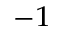
^ { - 1 }